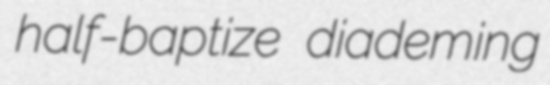
half-baptize diademing